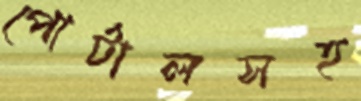
পোর্টালসহ